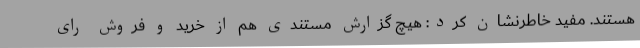
هستند. مفید خاطرنشان کرد: هیچ گزارش مستندی هم از خرید و فروش رای